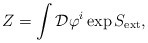
\begin{align*}Z=\int{\cal D}\varphi^{i}\exp S_{\rm ext},\end{align*}